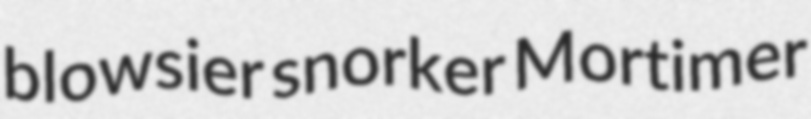
blowsier snorker Mortimer